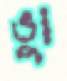
ভুা